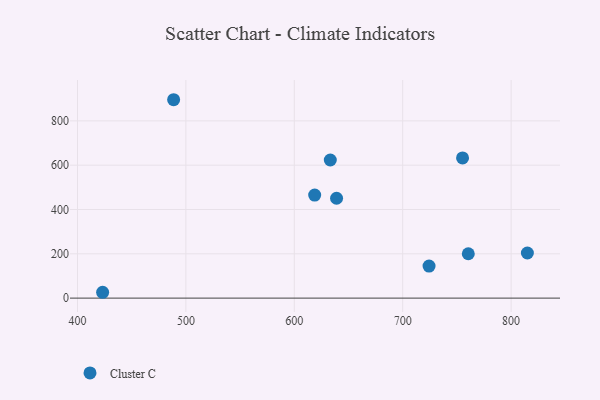
{"axis": {"x": "Study Hours", "y": "Sales"}, "legend": ["Cluster C"], "data": [{"x": "633.2", "y": 623.4, "type": "Cluster C"}, {"x": "815.0", "y": 203.6, "type": "Cluster C"}, {"x": "760.5", "y": 200.4, "type": "Cluster C"}, {"x": "724.3", "y": 144.5, "type": "Cluster C"}, {"x": "618.8", "y": 465.3, "type": "Cluster C"}, {"x": "755.2", "y": 632.6, "type": "Cluster C"}, {"x": "423.2", "y": 26.4, "type": "Cluster C"}, {"x": "488.7", "y": 895.5, "type": "Cluster C"}, {"x": "639.0", "y": 450.9, "type": "Cluster C"}]}